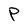
Character: P